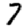
Digit: 7